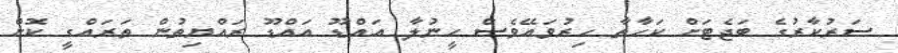
ސަރުކާރުގެ ބަޖެޓަށް ކަހާތާ ހިރުވައޭވެސް ހީނުލާ އަައްޑޫ އައްޑޫ ރައްޔިތުން ތަރައްގީ ކޮށް